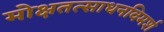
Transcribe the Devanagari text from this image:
मोक्षतत्साधनविमर्श